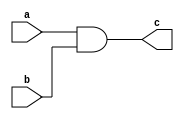

module test_and #(parameter WIDTH = 8) (
  input  [WIDTH-1:0] a,
  input  [WIDTH-1:0] b,
  output [WIDTH-1:0] c
);

  assign c = a & b;

endmodule